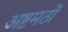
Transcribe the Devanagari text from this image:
अष्टमठों